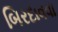
બિરદાવવા